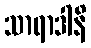
သာရာဒါနိ